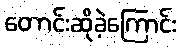
တောင်းဆိုခဲ့ကြောင်း